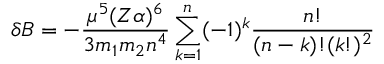
\delta B = - \frac { \mu ^ { 5 } ( Z \alpha ) ^ { 6 } } { 3 m _ { 1 } m _ { 2 } n ^ { 4 } } \sum _ { k = 1 } ^ { n } ( - 1 ) ^ { k } \frac { n ! } { ( n - k ) ! ( k ! ) ^ { 2 } }